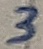
Text: 3